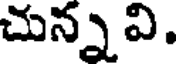
చున్న వి.